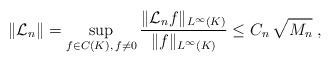
LaTeX: \begin{align*} \|\mathcal{L}_{n}\|=\sup_{f\in C(K),\,f\neq 0}\frac{\|\mathcal{L}_{n}f\|_{L^\infty(K)}}{\|f\|_{L^\infty(K)}}\leq C_n\,\sqrt{M_n}\;,\end{align*}